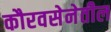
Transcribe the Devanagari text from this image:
कौरवसेनेतील